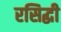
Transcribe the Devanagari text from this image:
रसिद्धी